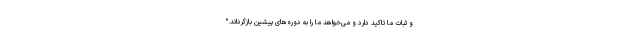
و ثبات ما تاکید دارد و می‌خواهد ما را به دوره‌های پیشین بازگرداند."